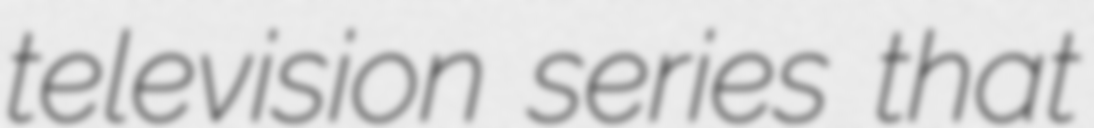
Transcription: television series that